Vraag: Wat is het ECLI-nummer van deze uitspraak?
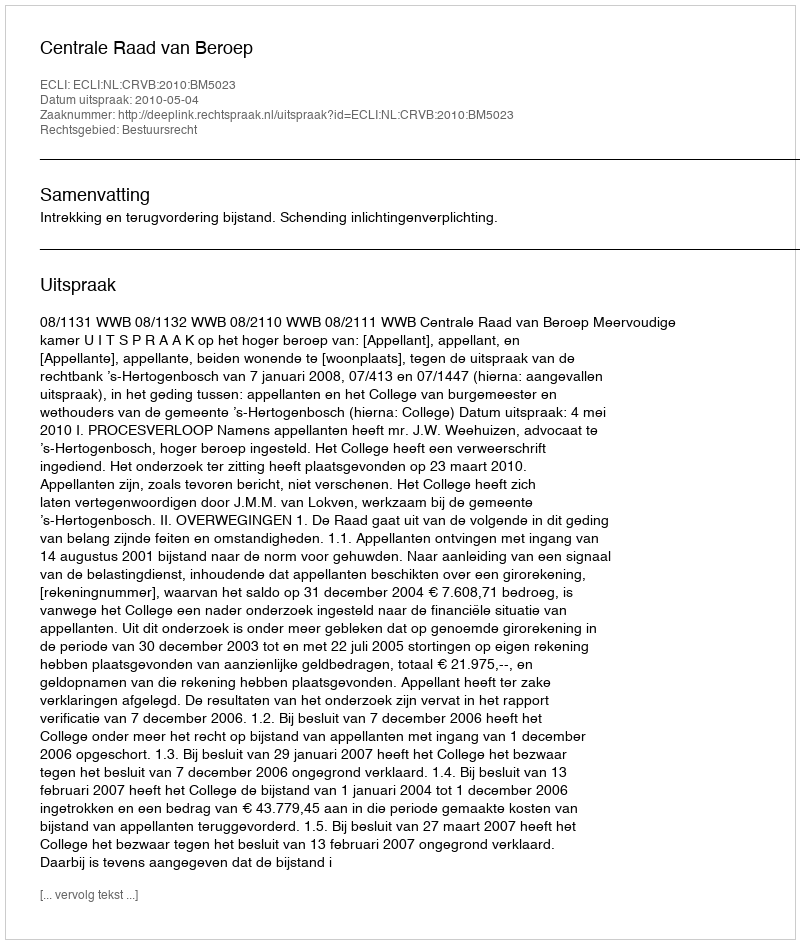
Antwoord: ECLI:NL:CRVB:2010:BM5023